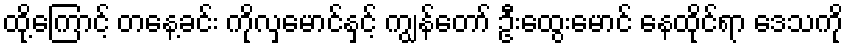
ထို့ကြောင့် တနေ့ခင်း ကိုလှမောင်နှင့် ကျွန်တော် ဦးထွေးမောင် နေထိုင်ရာ ဒေသကို